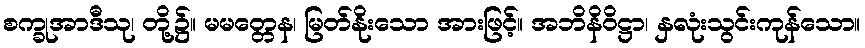
စက္ခုအာဒီသု၊ တို့၌။ မမတ္တေန၊ မြတ်နိုးသော အားဖြင့်။ အဘိနိဝိဋ္ဌာ၊ နှလုံးသွင်းကုန်သော။